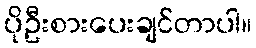
ပိုဦးစားပေးချင်တာပါ။